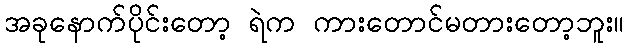
အခုနောက်ပိုင်းတော့ ရဲက ကားတောင်မတားတော့ဘူး။